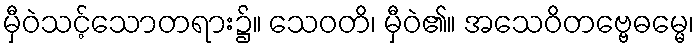
မှီဝဲသင့်သောတရား၌။ သေဝတိ၊ မှီဝဲ၏။ အသေဝိတဗ္ဗေဓမ္မေ၊